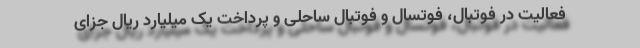
فعالیت در فوتبال، فوتسال و فوتبال ساحلی و پرداخت یک میلیارد ریال جزای